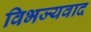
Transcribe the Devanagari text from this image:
विभज्यवाद